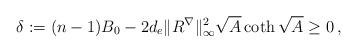
LaTeX: \begin{align*}\delta:=(n-1)B_0-2d_e\|R^\nabla \|^2 _\infty\sqrt{A}\coth \sqrt{A} \geq 0\, ,\end{align*}